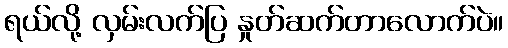
ရယ်လို့ လှမ်းလက်ပြ နှုတ်ဆက်တာလောက်ပဲ။